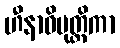
ဟီနာဓိမုတ္တိကာ